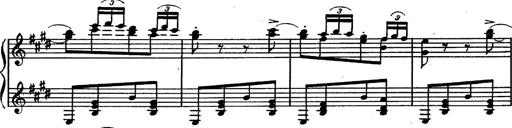
Title: Magyar rapszÃ³diÃ¡k
Composer: Franz Liszt